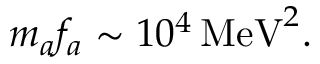
m _ { a } f _ { a } \sim 1 0 ^ { 4 } \, \mathrm { M e V } ^ { 2 } .